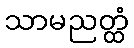
သာမညတ္ထံ